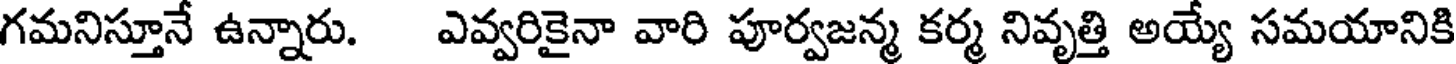
గమనిస్తూనే ఉన్నారు. ఎవ్వరికైనా వారి పూర్వజన్మ కర్మ నివృత్తి అయ్యే సమయానికి